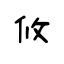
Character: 攸